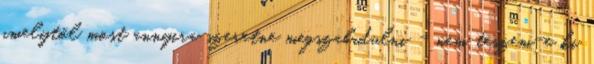
amelytől most annyira szeretne megszabadulni - nem teszem-e ki